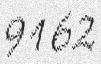
9162